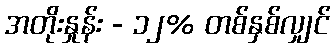
အတိုးနှုန်း - ၁၂% တစ်နှစ်လျှင်